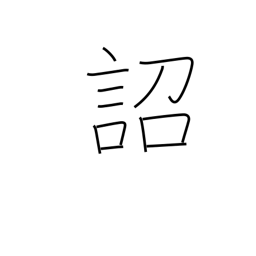
Meaning: imperial edict